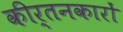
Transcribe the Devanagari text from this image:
कीर्तनकारों